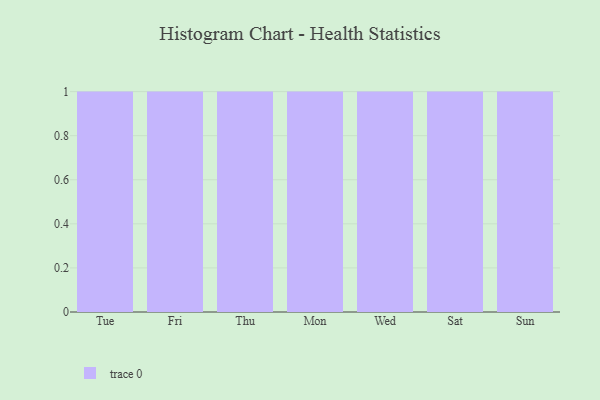
{"axis": {"x": "Day", "y": "Market Share (%)"}, "legend": [""], "data": [{"x": "Tue", "y": 96, "type": ""}, {"x": "Fri", "y": 4, "type": ""}, {"x": "Thu", "y": 80, "type": ""}, {"x": "Mon", "y": 2, "type": ""}, {"x": "Wed", "y": 64, "type": ""}, {"x": "Sat", "y": 13, "type": ""}, {"x": "Sun", "y": 74, "type": ""}]}